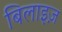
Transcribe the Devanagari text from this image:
बिलाइज़